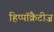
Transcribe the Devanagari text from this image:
हिप्पॉक्रैटीज़